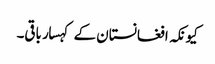
کیونکہ افغانستان کے کہسار باقی۔